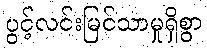
ပွင့်လင်းမြင်သာမှုရှိစွာ